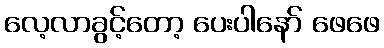
လေ့လာခွင့်တော့ ပေးပါနော် ဖေဖေ